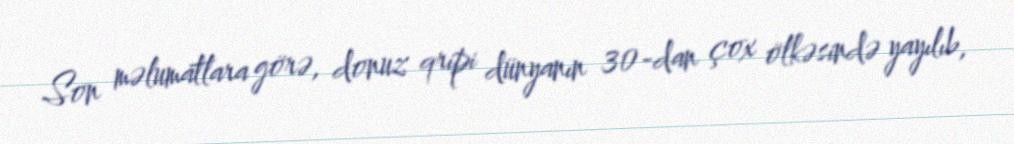
Son məlumatlara görə, donuz qripi dünyanın 30-dan çox ölkəsində yayılıb,